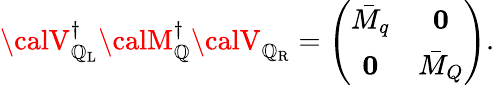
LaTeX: {\calV}_{{\cal\mathbb{Q}}_{\mathrm{{L}}}}^{\dagger}{\calM}_{\cal\mathbb{Q}}^{\dagger}{\calV}_{{\cal\mathbb{Q}}_{\mathrm{{R}}}}=\left(\begin{array}{cc}{{{\bar{M}}_{q}}}&{{{\mathbf 0}}}\\ {{{\mathbf 0}}}&{{{\bar{M}}_{Q}}}\end{array}\right).